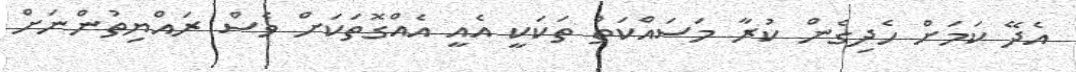
އެދޭ ކަމަށް ހެދިގެން ކުރާ މަސައްކަތް ތަކަކީ އެއީ އެއްގޮތަކަށް ވެސް ރައްޔިތުންނަށް